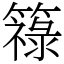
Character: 簶